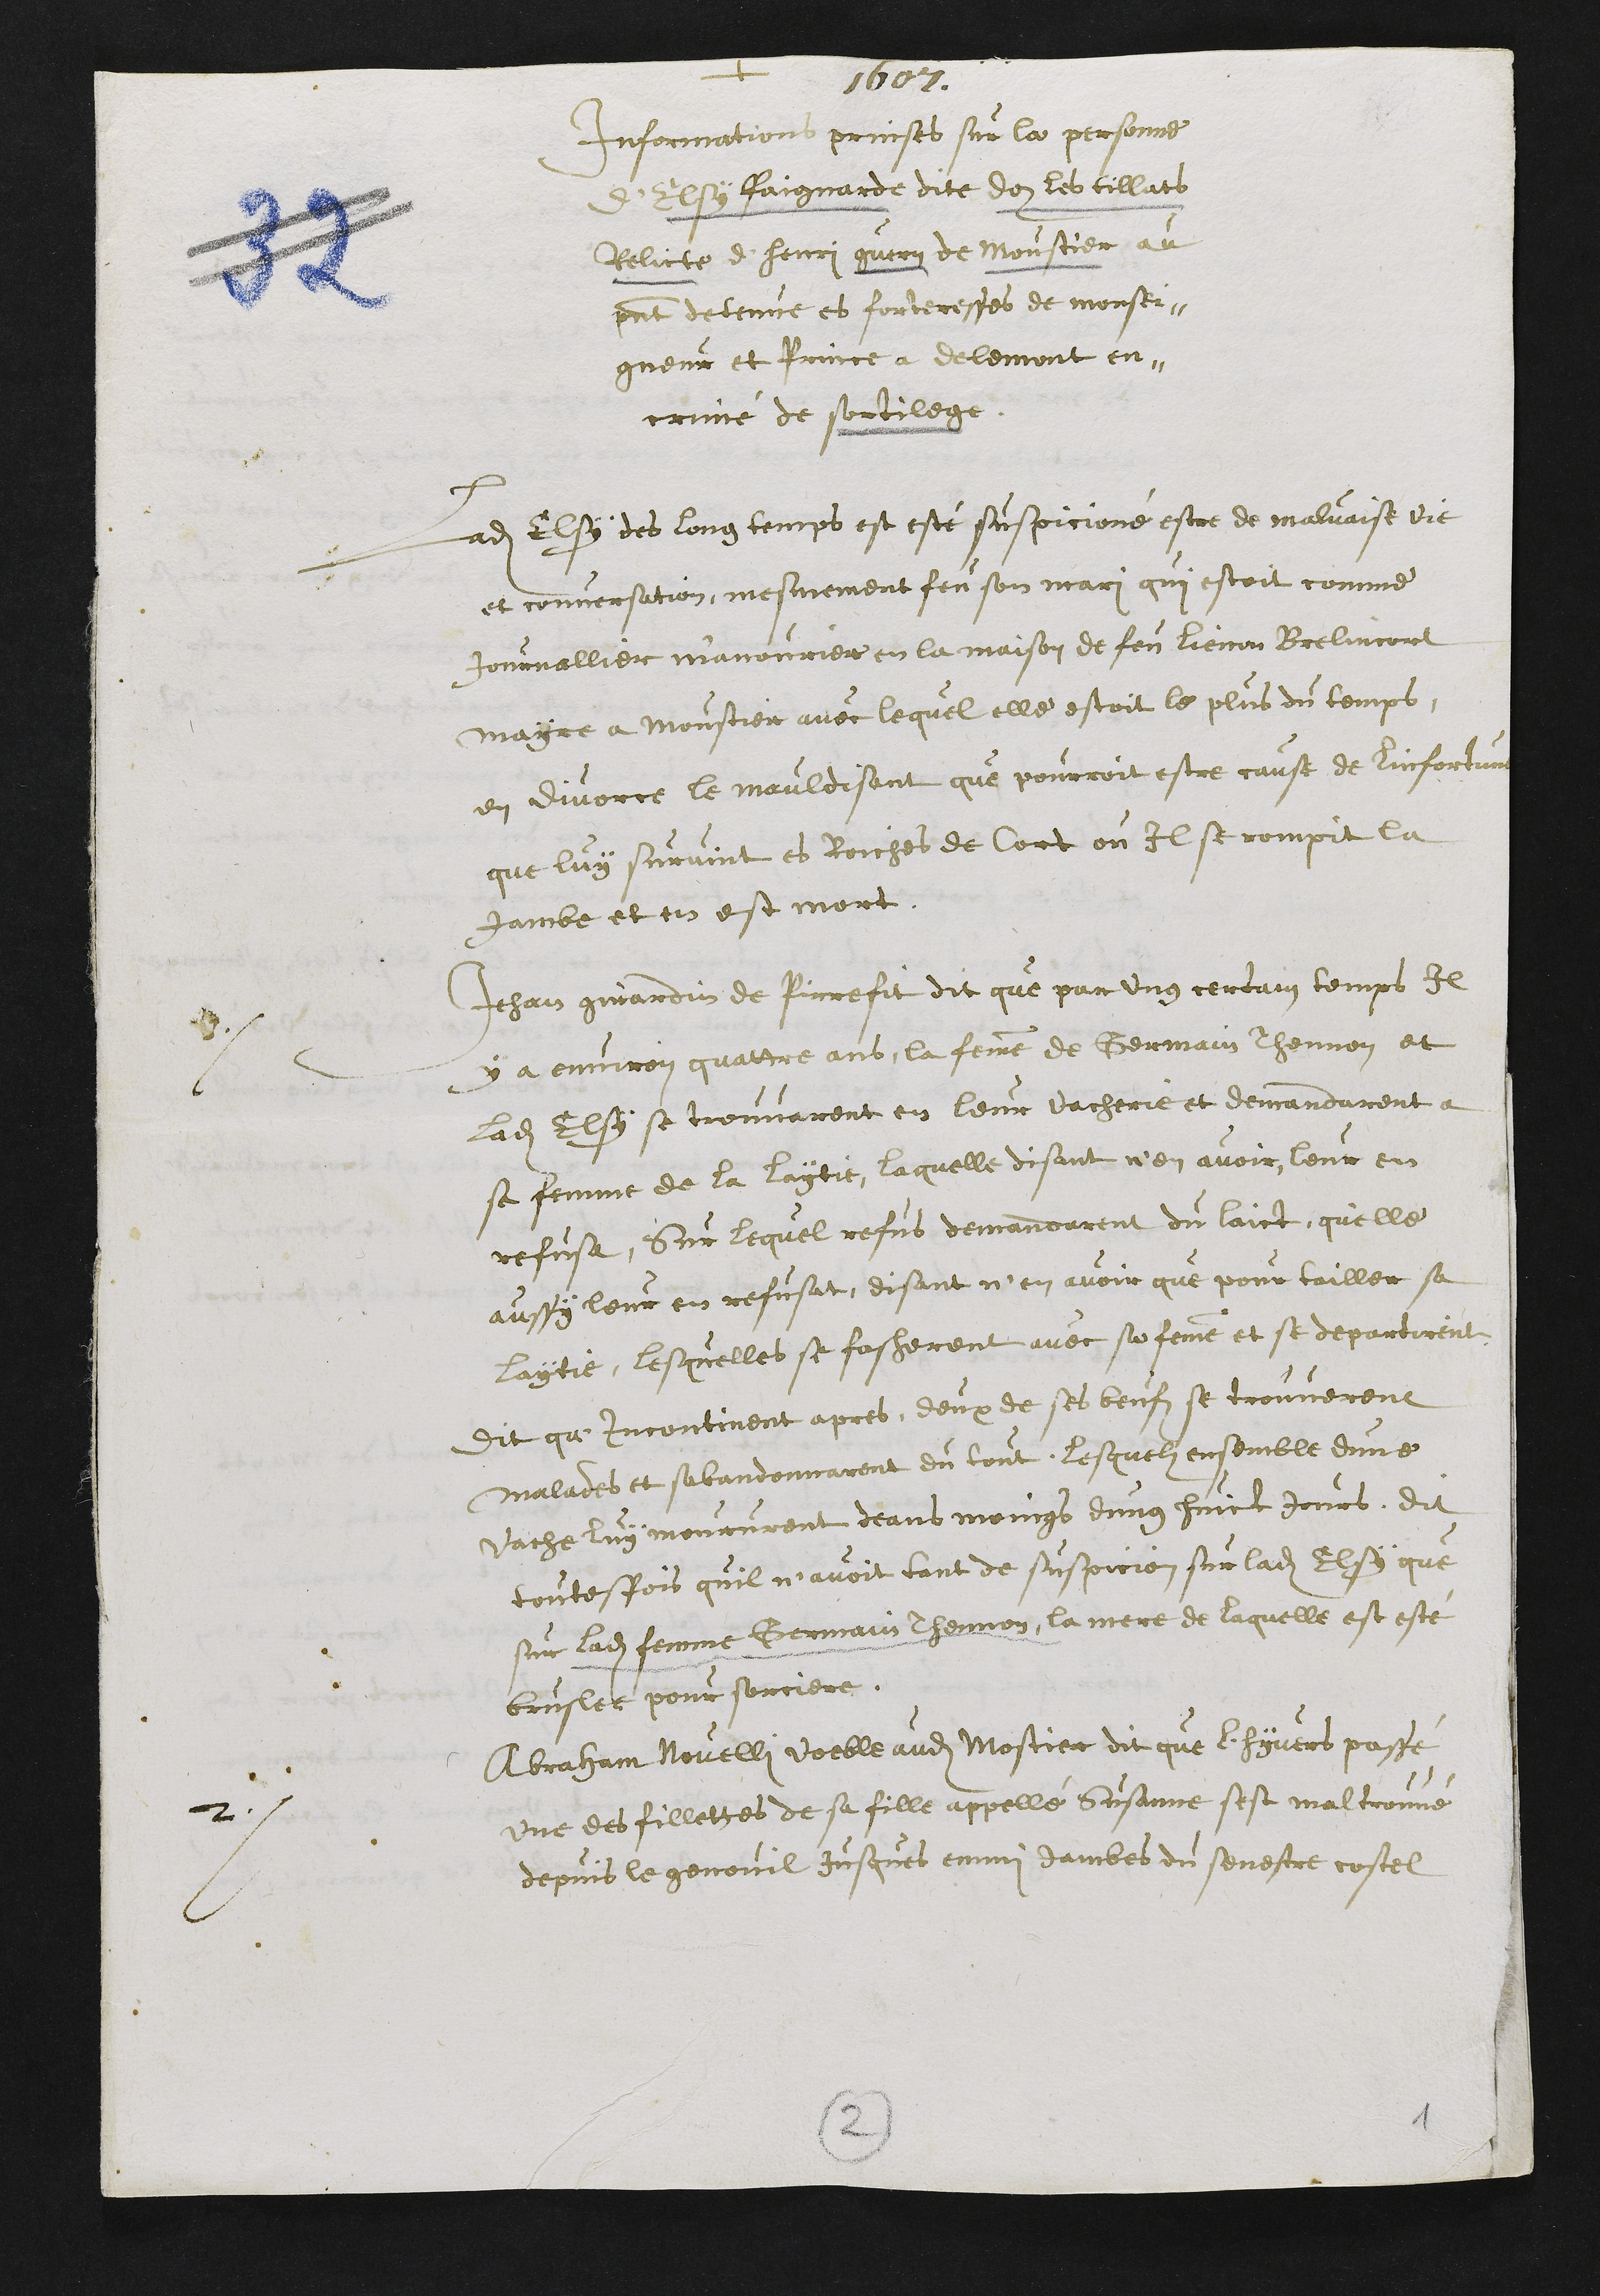
+
1607.
Informations prinses sur la personne
d'Elsy Paignarde dite doz les tillats
Relicte d'Henri guery de Moustier au
present detenue es forteresses de monsei¬
gneur et Prince a Delemont en¬
crimé de sortilege
Ladite Elsy des long temps est esté suspicionné estre de malvaise vie
et conversation, mesmement feu son mari qui estoit comme
Journallier manovrier en la maison de feu Lienon Brelincort
Mayre a Moustier avec lequel elle estoit le plus du temps,
en divorce le mauldisant que pourroit estre cause de linfortune
que luy survint es Roiches de Cort ou Il se rompit la
jambe et en est mort.
1
Jehan Girardin de Pirrefit dit que par ung certain temps Il
y a environ quattre ans, la femme de Germain Thennon et
Ladite Elsy se trouvarent en leur vacherie et demandarent à
sa femme de la laytie, laquelle disant n'en avoir leur en
refusa, Sur lequel refus demandarent du laict, quelle
aussy leur en refusat, disant n'en avoir que pour tailler sa
laytie, lesquelles se fascherent avec sa femme et se departirent.
Dit que incontinent apres, deux de ses beufz se trouverent
malades et sabandonnarent du tout, lesquelz ensemble dune
vache luy moururent deans moings dung huict jours, dit
toutesfois quil n'avoit tant de suspicion sur ladite Elsy que
sur ladite femme Germain Thennon, la mere de laquelle est esté
bruslee pour sorciere.
2
Abraham Novelli voeble audit Mostier dit que l'hyvers passé
une des fillettes de sa fille appellé Susanne sest mal trouvé
depuis le genouil jusques enmi jambes du senestre costel
2
1